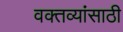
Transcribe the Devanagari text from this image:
वक्तव्यांसाठी